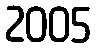
2005